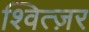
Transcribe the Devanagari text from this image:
श्वित्ज़र